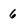
Character: 6